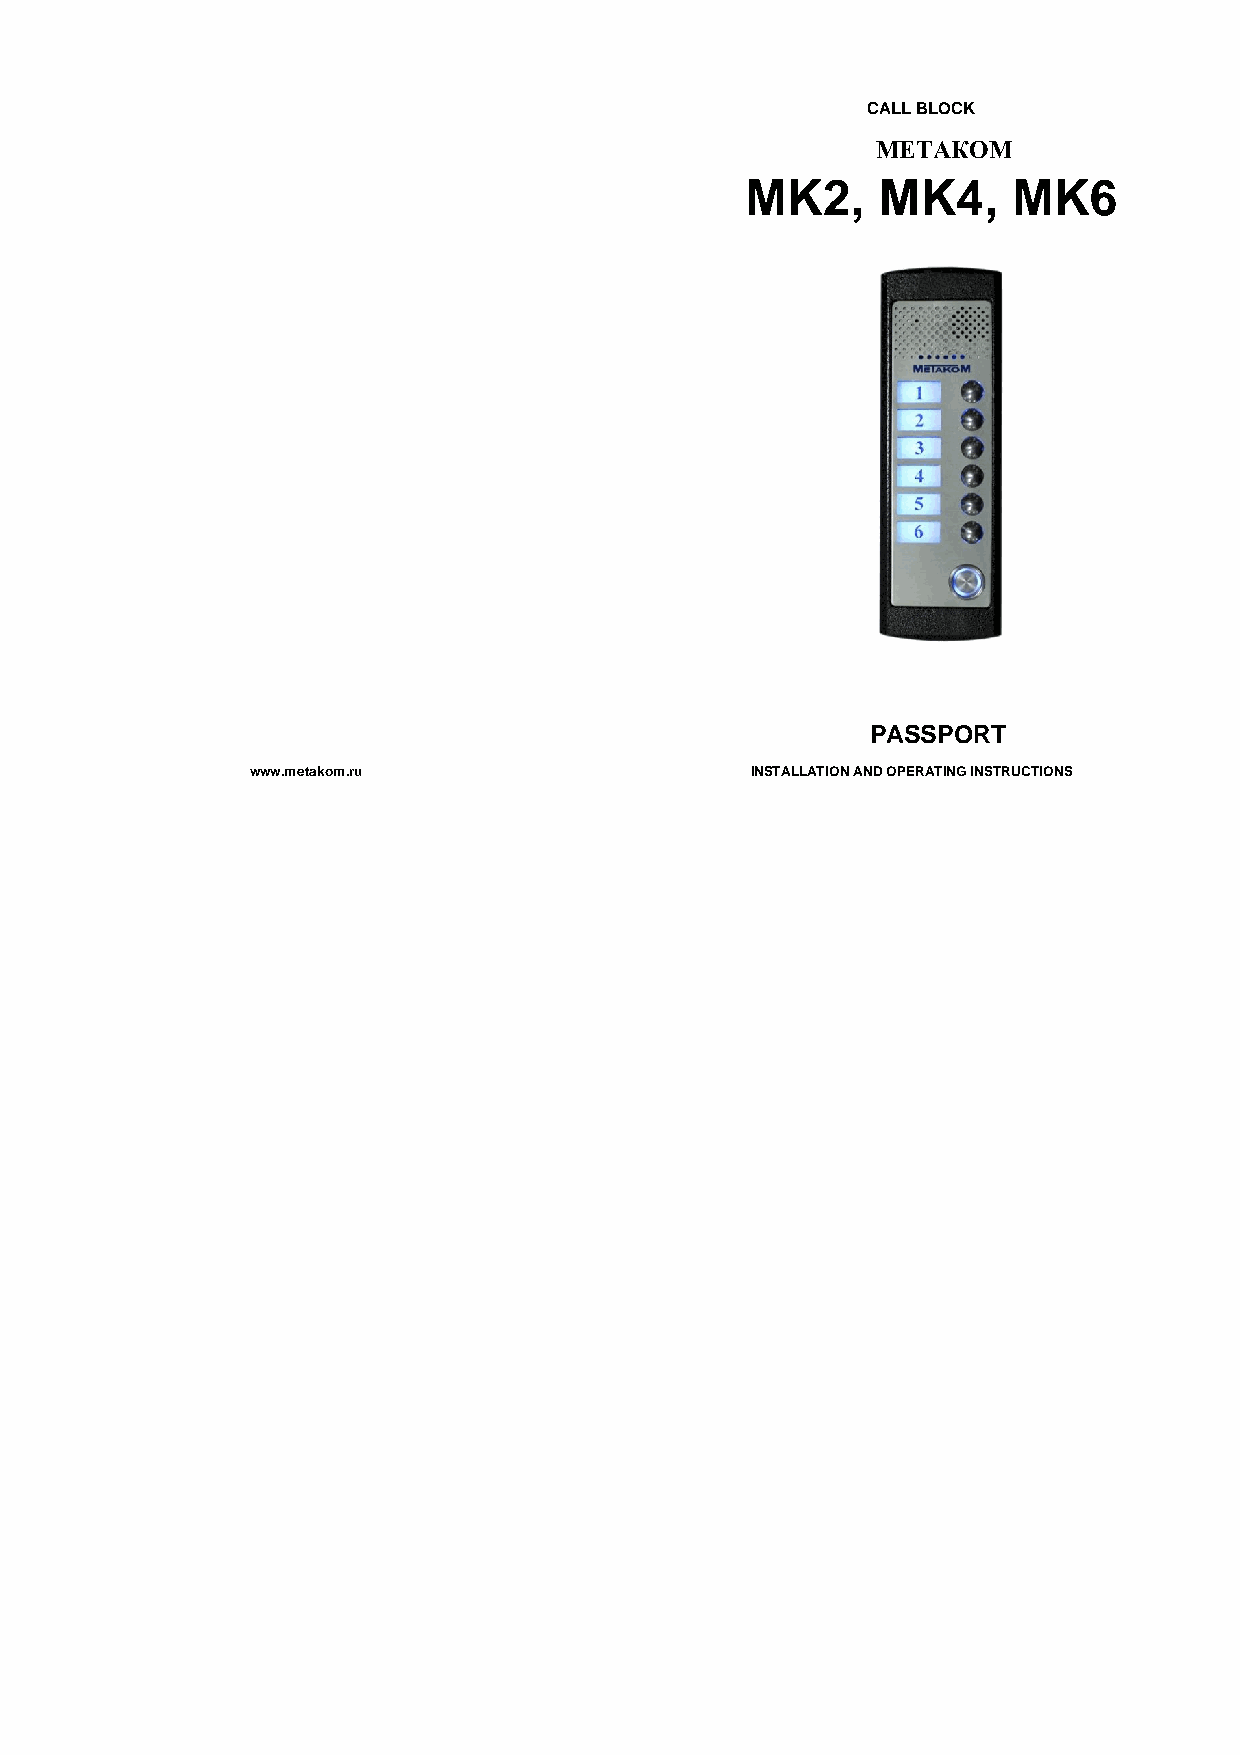
CALL BLOCK
 МЕТАКОМ
 MK2,     MK4,     MK6
 PASSPORT
 www.metakom.ru                   INSTALLATION AND OPERATING INSTRUCTIONS